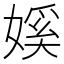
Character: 㜎